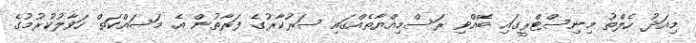
މިއަދު ހެލްތު މިނިސްޓްރީގައި ބޭއްވި ރަސްމިއްޔާތެއްގައި ސަރުކާރުގެ ފަރާތުން އެ މަސައްކަތް ހަވާލުކުރުމުގެ